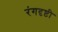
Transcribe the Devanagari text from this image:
रंगदृष्टी